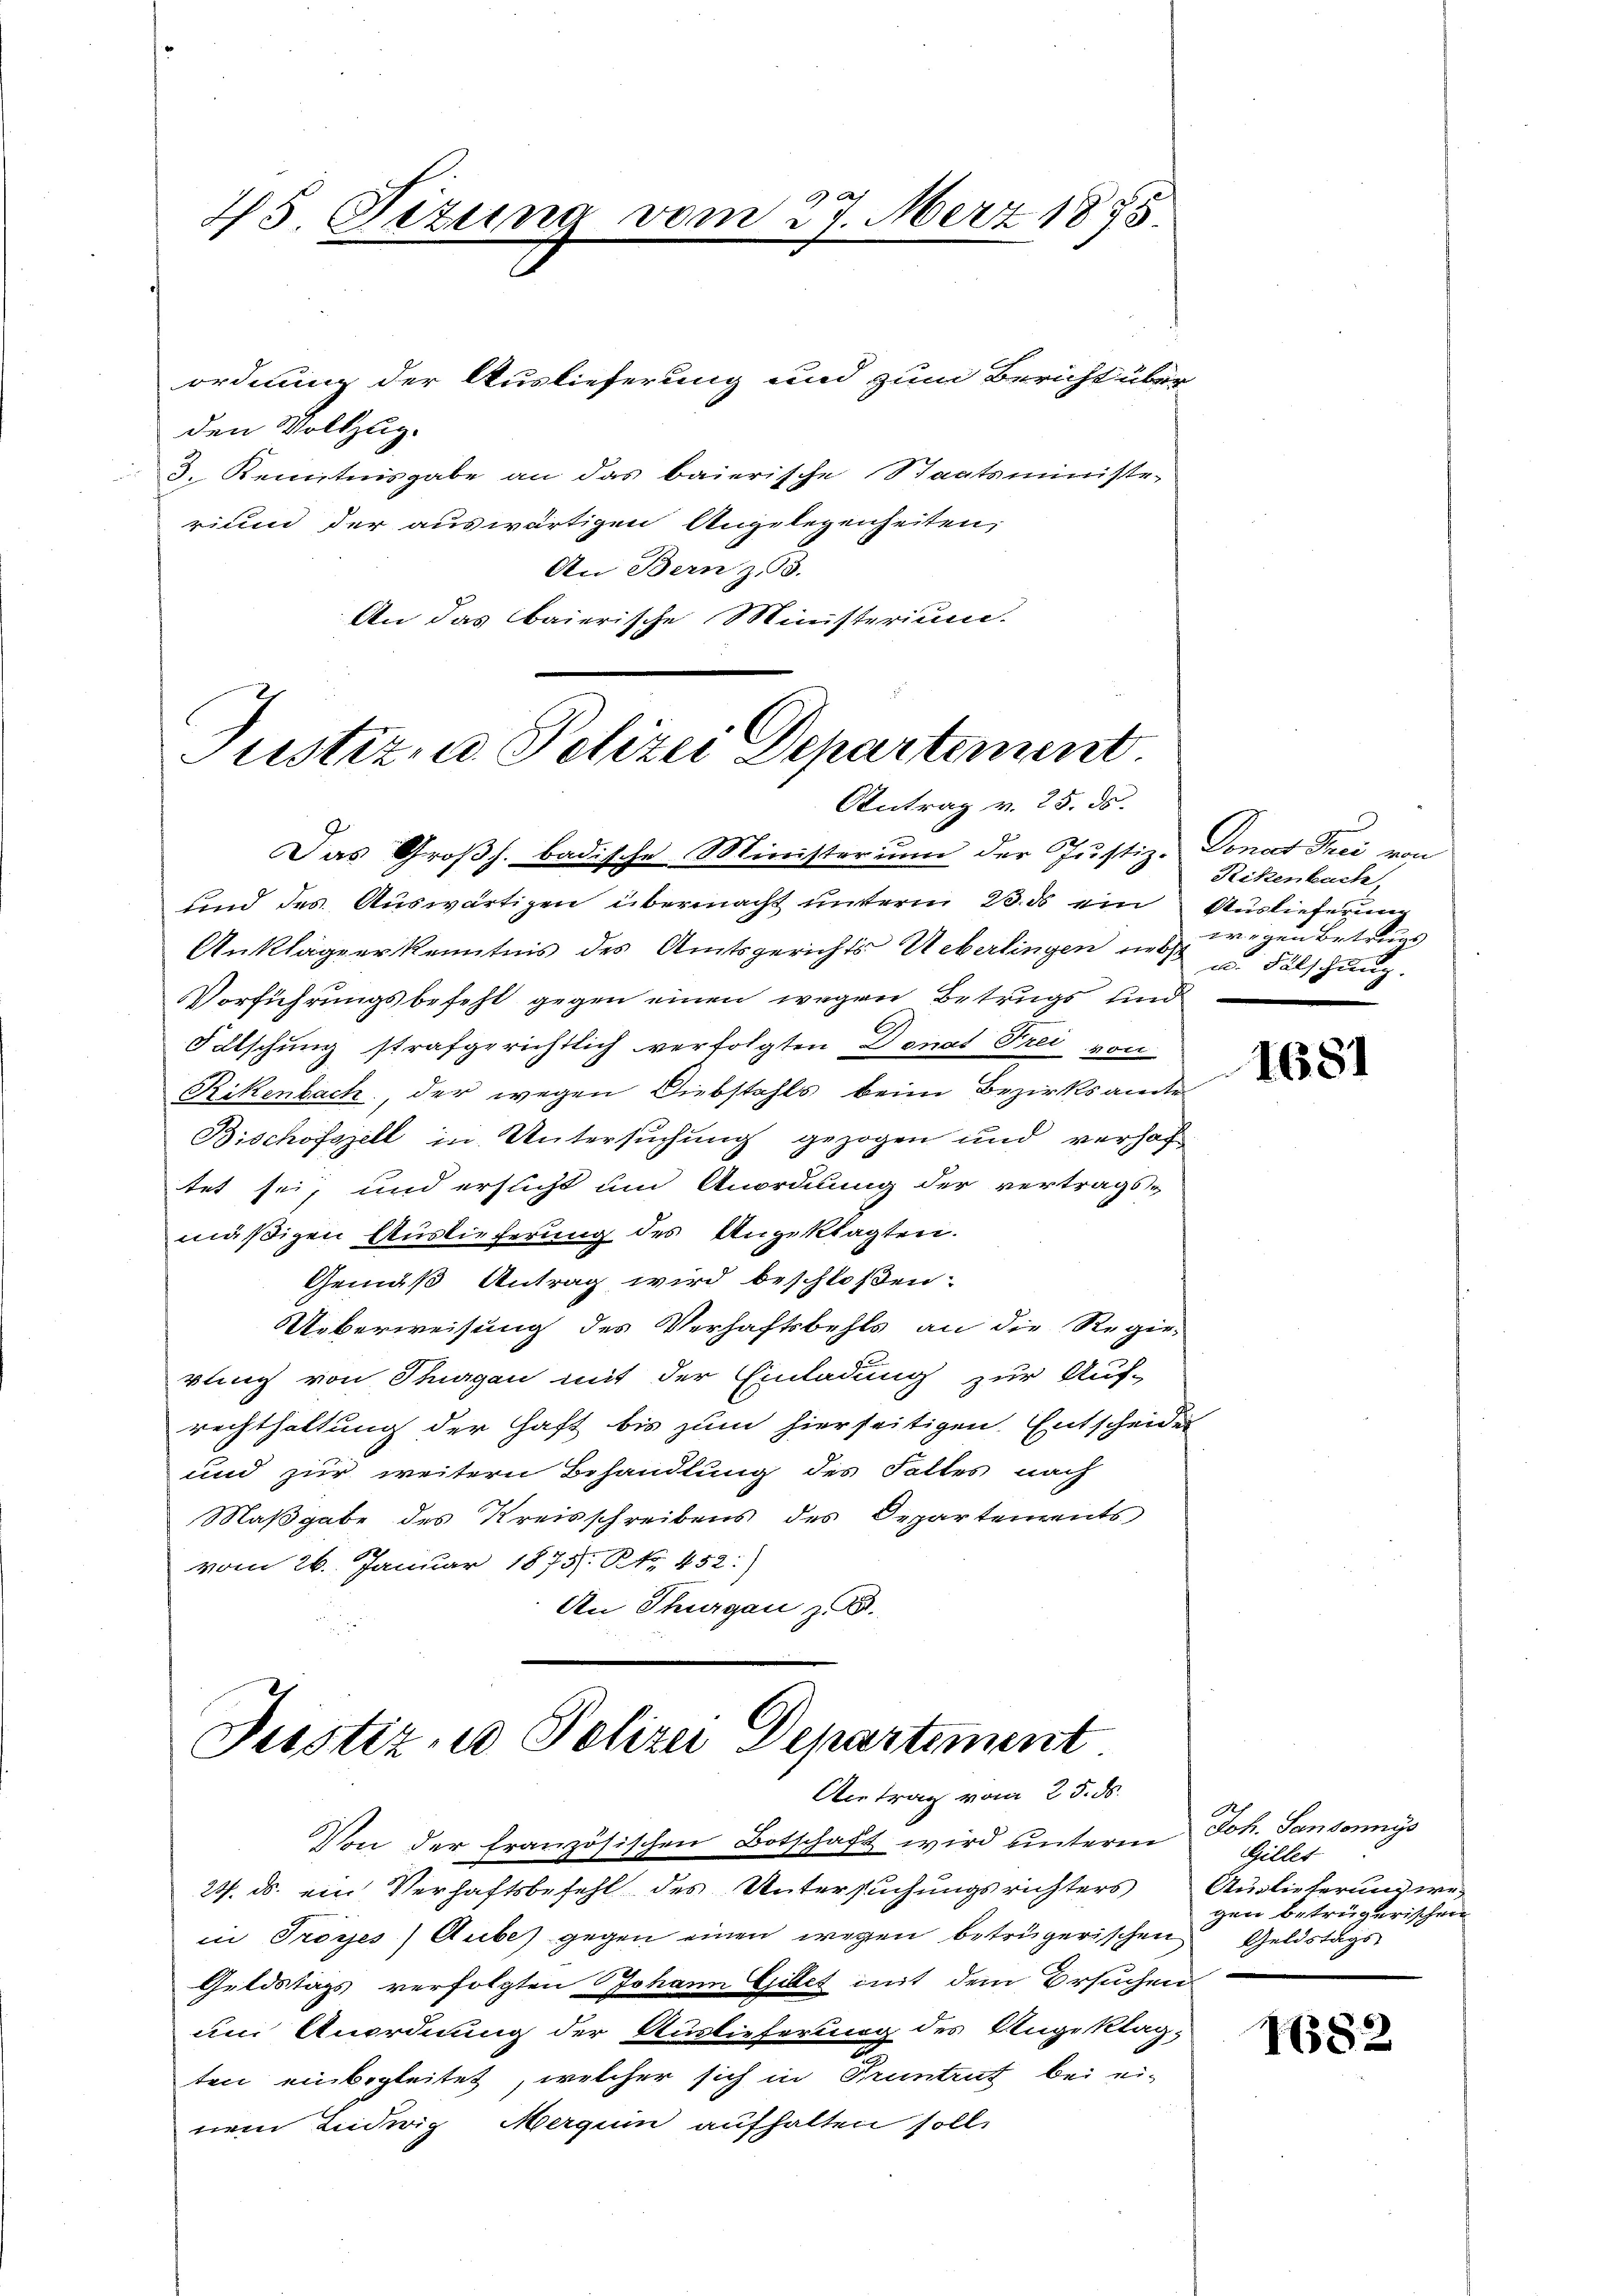
45. Sizung vom 27. März 1875.

ordnung der Auslieferung und zum Bericht über
den Vollzug.
3. Kenntnisgabe an das baierische Staatsministe-
rium der auswärtigen Angelegenheiten,
An Bern zu 3.
An das Baierische Ministerium.

Justiz- u Polizei Departement.
Antrag v. 25. ds.

Justiz- u Polizei Departement.
Antrag vom 25. ds.

Von der französischen Botschaft wird unterm
23. ds. ein Verhaftsbefehl des Untersuchungsrichters
in Troÿes) Aube) gegen einen wegen betrügerischen Geldstags
Geldstags verfolgten Johann Gillet mit dem Ersuchen
um Anordnung der Auslieferung des Angeklagten einbegleitet, welcher sich in Pruntrut bei einem Ludwig Merguin aufhalten soll,

Das Großh. badische Minister um der Justiz-Donat Frei von
und des Auswärtigen übermacht unterm 23. ds ein Auslieferung
Ankläger kenntnis des Amtsgerichts- Ueberlingen neb
Vorführungsbefehl gegen einen wegen Betrugs und
Falschung strafgerichtlich verfolgten Donat Frei von
Rikenbach, der wegen Diebstahls beim Bezirksamte
Bischofszell in Untersuchung gezogen und verhaf
tet sei, und ersucht um Anordnung der vertrags-
mäßigen Auslieferung des Angeklagten.
Gemäß Antrag wird beschloßen:
Ueberweisung des Verhaftsbehls an die Regie-
vling von Thurgau mit der Einladung zur Auf-
rechthaltung der Haft bis zum hierseitigen Entscheides
und zur weitern Behandlung des Faltes nach
Maßgabe des Kreisschreibens des Departements
vom 26. Januar 1875. No. 452.)
An Thurgau z. B.

Rikenbach
wegen betre
un. Fälschung.

f
Joh. Sansonnys
Gillet
Auslieferung wegen betrügerischen

1(382